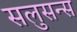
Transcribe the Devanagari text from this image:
सलुसन्स